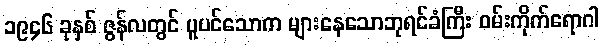
၁၉၄၆ ခုနှစ် ဇွန်လတွင် ပူပင်သောက များနေသောဘုရင်ခံကြီး ဝမ်းကိုက်ရောဂါ